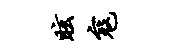
眩寇